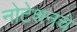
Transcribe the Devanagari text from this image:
नोटेशनचे